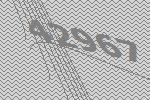
42967